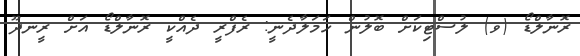
ރޮނާލްޑޯ (ވ) ލުސްޓިކަށް ބޮލުން ހަމަލާދެނީ: ރެފްރީ ދެއްކީ ރޮނާލްޑޯ އަށް ރީނދޫ